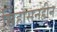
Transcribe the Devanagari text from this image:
सिंहासनहीन